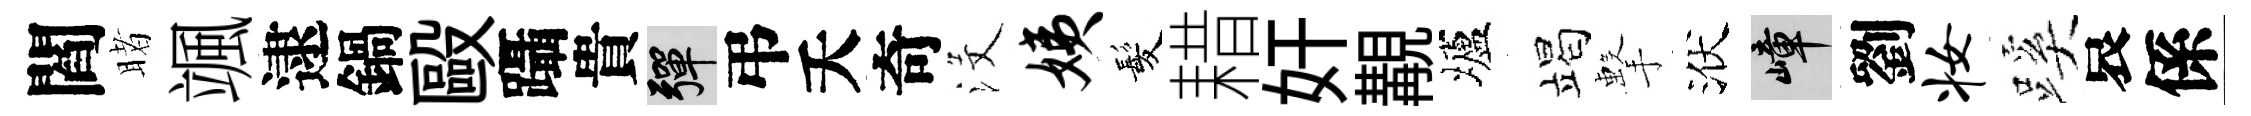
閻睹颯逮鍋毆躡貴彈弔夭奇沒姨髪耤奸覯壚竭擊洑嶂劉妆蹊哀係